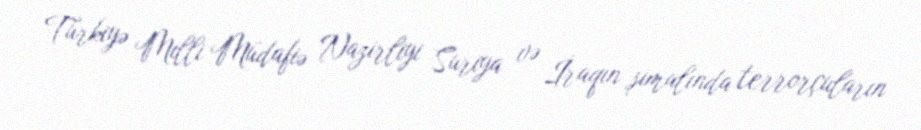
Türkiyə Milli Müdafiə Nazirliyi Suriya və İraqın şimalında terrorçuların